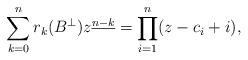
LaTeX: \begin{align*}\sum_{k=0}^{n} r_k(B^{\perp})z^{\underline{n-k}}=\prod_{i=1}^n (z-c_i+i),\end{align*}